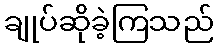
ချုပ်ဆိုခဲ့ကြသည်